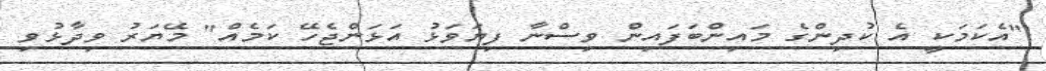
"އެކަމަކީ އެ ކުދިންގެ މައިންބަފައިން ވިސްނާ ފިޔަވަޅު އަޅަންޖެހޭ ކަމެއް" މޭޔަރު ވިދާޅުވި